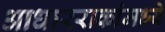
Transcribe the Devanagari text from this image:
आधारराकांमध्ये